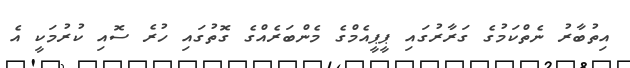
އިތުބާރު ނެތްކަމުގެ ގަރާރުގައި ޕީޕީއެމްގެ މެންބަރެއްގެ ގޮތުގައި ހުރެ ސޮއި ކުރުމަކީ އެ